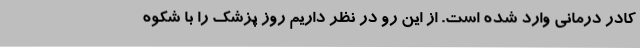
کادر درمانی وارد شده است. از این رو در نظر داریم روز پزشک را با شکوه